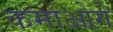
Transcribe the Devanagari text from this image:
कमाओगे